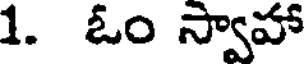
1. ఓం స్వాహా